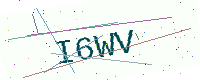
Text: I6WV